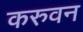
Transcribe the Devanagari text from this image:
करुवन